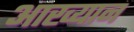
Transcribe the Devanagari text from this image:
आख्‍यान